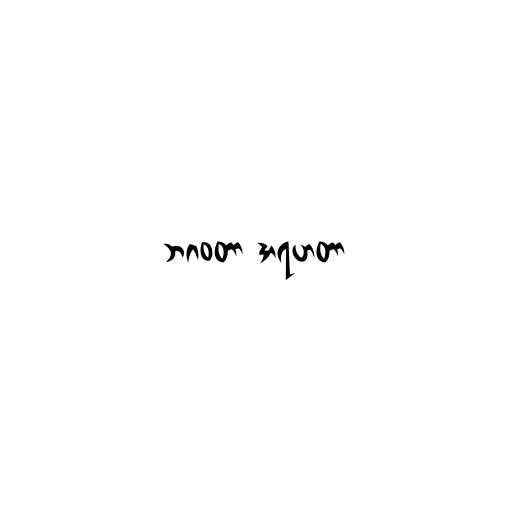
ဘဂဝတာ အရဟတာ